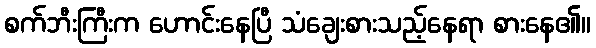
စက်ဘီးကြီးက ဟောင်းနေပြီ သံချေးစားသည့်နေရာ စားနေ၏။